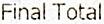
FINAL TOTAL